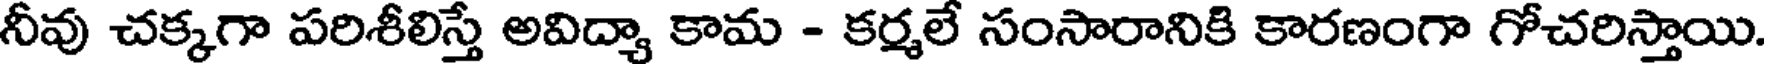
నీవు చక్కగా పరిశీలిస్తే అవిద్యా కామ - కర్మలే సంసారానికి కారణంగా గోచరిస్తాయి